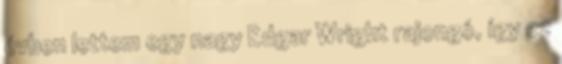
évben lettem egy nagy Edgar Wright rajongó, így ez